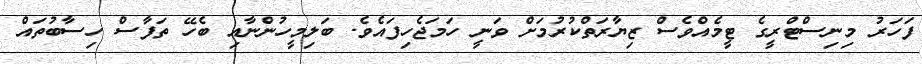
ފަހަރު މިނިސްޓްރީގެ ޓީމެއްވެސް ޒިޔާރަތްކުރުމަށް ވަނީ ހަމަޖެހިފައެވެ. ބަލިމީހުންނާއި ބެހޭ ތަފާސް ހިސާބުތައް